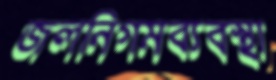
জলনিগমব্যবস্থা